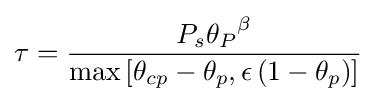
\tau ={\frac {P_{s}{\theta _{P}}^{\beta }}{\max \left[\theta _{cp}-\theta _{p},\epsilon \left(1-\theta _{p}\right)\right]}}